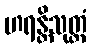
ဟရန္တိသုတ္တံ